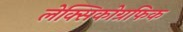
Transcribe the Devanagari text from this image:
लेक्सिकोग्रफिक